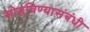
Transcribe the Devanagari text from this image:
सोडविण्यासंबंधी